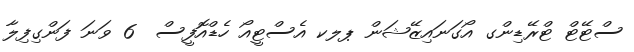
ސްޓޭޓް ޓްރޭޑިންގ އޯގަނައިޒޭޝަން ޕލކ އެސްޓީއޯ ހެޑްއޮފީސް  6 ވަނަ ފަންގިފިލާ